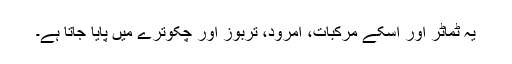
یہ ٹماٹر اور اسکے مرکبات، امرود، تربوز اور چکوترے میں پایا جاتا ہے۔